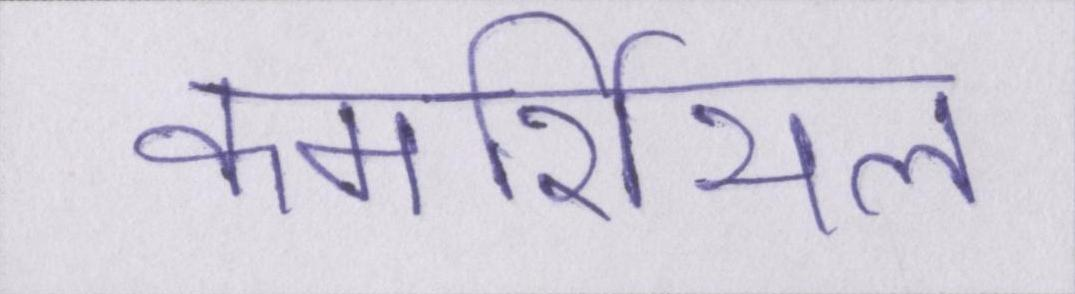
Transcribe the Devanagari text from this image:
कमर्शियल